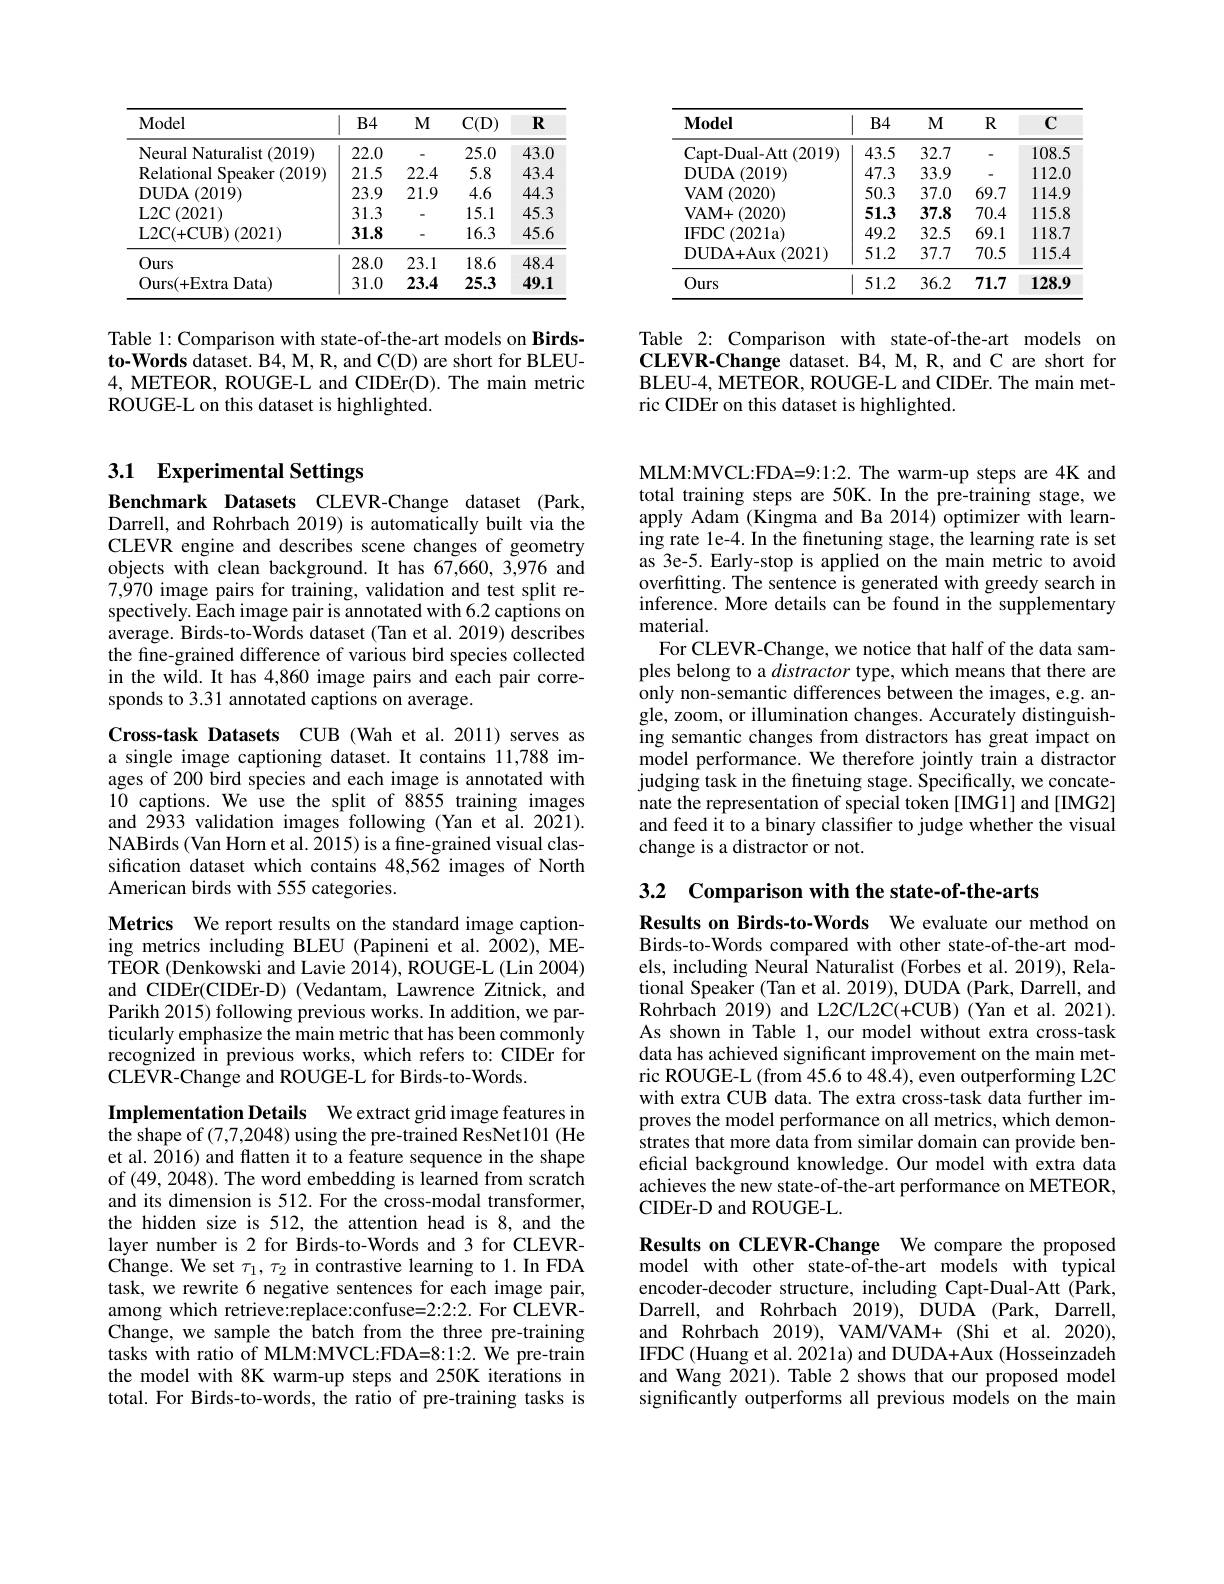
<table>
	<tbody>
		<tr>
			<th>Model</th>
			<th>$B4$</th>
			<th>M</th>
			<th>$C(D)$</th>
			<th>$R$</th>
		</tr>
		<tr>
			<td>Neural Naturalist (2019)</td>
			<td>22.0</td>
			<td>-</td>
			<td>25.0</td>
			<td>43.0</td>
		</tr>
		<tr>
			<td>Relational $\operatorname{Speaker}\left(2019\right)$</td>
			<td>21.5</td>
			<td>22.4</td>
			<td>5.8</td>
			<td>43.4</td>
		</tr>
		<tr>
			<td>DUDA (2019)</td>
			<td>23.9</td>
			<td>21.9</td>
			<td>4.6</td>
			<td>44.3</td>
		</tr>
		<tr>
			<td>L2C$\left ( 2021\right )$</td>
			<td>31.3</td>
			<td> </td>
			<td>15.1</td>
			<td>45.3</td>
		</tr>
		<tr>
			<td>L2C(+CUB$)\left(2021\right)$</td>
			<td>31.8</td>
			<td>一</td>
			<td>16.3</td>
			<td>45.6</td>
		</tr>
		<tr>
			<td>Ours</td>
			<td>28.0</td>
			<td>23.1</td>
			<td>18.6</td>
			<td>48.4</td>
		</tr>
		<tr>
			<td>Ours( + Extra Data)</td>
			<td>31.0</td>
			<td>23.4</td>
			<td>25.3</td>
			<td>49.1</td>
		</tr>
	</tbody>
</table>

Table 1: Comparison with state-of-the-art models on Birdsto-Words dataset. B4, M, R, and C(D) are short for BLEU- 4, METEOR, ROUGE-L and CIDEr(D). The main metric ROUGE-L on this dataset is highlighted.

<table>
	<tbody>
		<tr>
			<th>$\mathbf{Model}$</th>
			<th>$B4$</th>
			<th>$M$</th>
			<th>$R$</th>
			<th>$C$</th>
		</tr>
		<tr>
			<td>Capt- Dual- Att ( 2019) </td>
			<td>43.5</td>
			<td>32.7</td>
			<td>-</td>
			<td>108.5</td>
		</tr>
		<tr>
			<td>DUDA (2019)</td>
			<td>47.3</td>
			<td>33.9</td>
			<td>一</td>
			<td>112.0</td>
		</tr>
		<tr>
			<td>$\mathbf{VAM}$ (2020)</td>
			<td>50.3</td>
			<td>37.0</td>
			<td>69.7</td>
			<td>114.9</td>
		</tr>
		<tr>
			<td>$\mathbf{VAM+}$ (2020)</td>
			<td>51.3</td>
			<td>37.8</td>
			<td>70.4</td>
			<td>115.8</td>
		</tr>
		<tr>
			<td>IFDC$\left ( 2021a\right )$</td>
			<td>49.2</td>
			<td>32.5</td>
			<td>69.1</td>
			<td>118.7</td>
		</tr>
		<tr>
			<td>DUDA+ Aux ( 2021) </td>
			<td>51.2</td>
			<td>37.7</td>
			<td>70.5</td>
			<td>115.4</td>
		</tr>
		<tr>
			<td>Ours</td>
			<td>51.2</td>
			<td>36.2</td>
			<td>71.7</td>
			<td>128.9</td>
		</tr>
	</tbody>
</table>

Table 2: Comparison with state-of-the-art models on $\mathbf{CLEVR-Change}$ dataset. B4, M, R, and C are short for BLEU- 4, METEOR, ROUGE- L and CIDEr. The main met- ric CIDEr on this dataset is highlighted.

## 3.1 Experimental Settings

Benchmark Datasets CLEVR-Change dataset (Park, Darrell, and Rohrbach 2019) is automatically built via the CLEVR engine and describes scene changes of geometry objects with clean background. It has 67,660, 3,976 and 7,$\tilde{9}$70 image pairs for training, validation and test split respectively. Each image pair is annotated with 6.2 captions on average. Birds-to-Words dataset (Tan et al. 2019) describes the fine-grained difference of various bird species collected in the wild. It has 4,860 image pairs and each pair corresponds to 3.31 annotated captions on average.

Cross-task Datasets CUB (Wah et al.2011) serves as a single image captioning dataset. It contains 11,788 images of 200 bird species and each image is annotated with 10 captions. We use the split of 8855 training images and 2933 validation images following (Yan et al. 2021). NABirds (Van Horn et al. 2015) is a fine-grained visual classification dataset which contains 48,562 images of North American birds with 555 categories.

Metrics We report results on the standard image captioning metrics including BLEU (Papineni et al.2002), METEOR (Denkowski and Lavie 2014), ROUGE-L (Lin 2004) and CIDEr(CIDEr-D) (Vedantam, Lawrence Zitnick, and Parikh 2015) following previous works. In addition, we particularly emphasize the main metric that has been commonly recognized in previous works, which refers to: CIDEr for CLEVR-Change and ROUGE-L for Birds-to-Words.

Implementation Details We extract grid image features in the shape of (7,7,2048) using the pre-trained ResNet101 (He et al. 2016) and flatten it to a feature sequence in the shape of (49, 2048). The word embedding is learned from scratch and its dimension is 512. For the cross-modal transformer, the hidden size is 512, the attention head is 8, and the layer number is 2 for Birds-to-Words and 3 for CLEVRChange. We set $\tau_1,\tau_2$ in contrastive learning to 1. In FDA task, we rewrite 6 negative sentences for each image pair, among which retrieve:replace:confuse=2:2:2. For CLEVRChange, we sample the batch from the three pre-training tasks with ratio of MLM:MVCL:FDA=8:1:2. We pre-train the model with 8K warm-up steps and 250K iterations in total. For Birds-to-words, the ratio of pre-training tasks is

MLM:MVCL:FDA=9:1:2. The warm-up steps are 4K and total training steps are 50K.In the pre-training stage, we apply Adam (Kingma and Ba 2014) optimizer with learning rate le-4. In the finetuning stage, the learning rate is set as 3e-5. Early-stop is applied on the main metric to avoid overfitting. The sentence is generated with greedy search in inference. More details can be found in the supplementary material.
For CLEVR-Change, we notice that half of the data samples belong to a distractor type, which means that there are only non-semantic differences between the images, e.g. angle, zoom, or illumination changes. Accurately distinguishing semantic changes from distractors has great impact on model performance. We therefore jointly train a distractor judging task in the finetuing stage. Specifically, we concatenate the representation of special token  and  and feed it to a binary classifier to judge whether the visual change is a distractor or not.

3.2 Comparison with the state-of-the-arts

Results on Birds-to-Words We evaluate our method on Birds-to-Words compared with other state-of-the-art models, including Neural Naturalist (Forbes et al. 2019), Relational Speaker (Tan et al. 2019), DUDA (Park, Darrell, and Rohrbach 2019) and L2C/L2C(+CUB) (Yan et al. 2021). As shown in Table 1, our model without extra cross-task data has achieved significant improvement on the main metric ROUGE-L (from 45.6 to 48.4), even outperforming L2C with extra CUB data. The extra cross-task data further improves the model performance on all metrics, which demonstrates that more data from similar domain can provide beneficial background knowledge. Our model with extra data achieves the new state-of-the-art performance on METEOR, CIDEr-D and ROUGE-L.

Results on CLEVR-Change We compare the proposed model with other state-of-the-art models with typical encoder-decoder structure, including Capt-Dual-Att (Park, Darrell, and Rohrbach 2019), DUDÂ (Park, Darrell, and Rohrbach 2019), VAM/VAM+ (Shi et al. 2020), IFDC (Huang et al. 2021a) and DUDA+Aux (Hosseinzadeh and Wang 2021). Table 2 shows that our proposed model significantly outperforms all previous models on the main